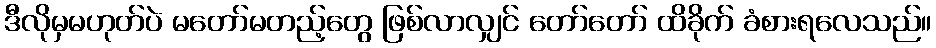
ဒီလိုမှမဟုတ်ပဲ မတော်မတည့်တွေ ဖြစ်လာလျှင် တော်တော် ထိခိုက် ခံစားရလေသည်။